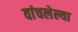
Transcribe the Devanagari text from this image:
वांचलेल्या